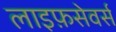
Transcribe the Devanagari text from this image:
लाइफ़सेवर्स